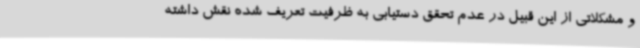
و مشکلاتی از این قبیل در عدم تحقق دستیابی به ظرفیت تعریف شده نقش داشته